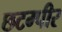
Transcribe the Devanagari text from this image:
छटम्पीर